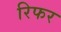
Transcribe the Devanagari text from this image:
रिफर